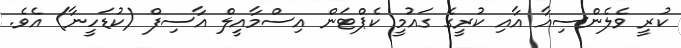
ކުރީ ވެލެންސިއާ އާއި ކުރީގެ ގައުމީ ކެޕްޓަން އިސްމާއީލް އާސިފް (ކުޑަހީނާ) އެވެ.